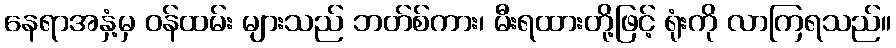
နေရာအနှံ့မှ ဝန်ထမ်း များသည် ဘတ်စ်ကား၊ မီးရထားတို့ဖြင့် ရုံးကို လာကြရသည်။